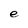
Character: e